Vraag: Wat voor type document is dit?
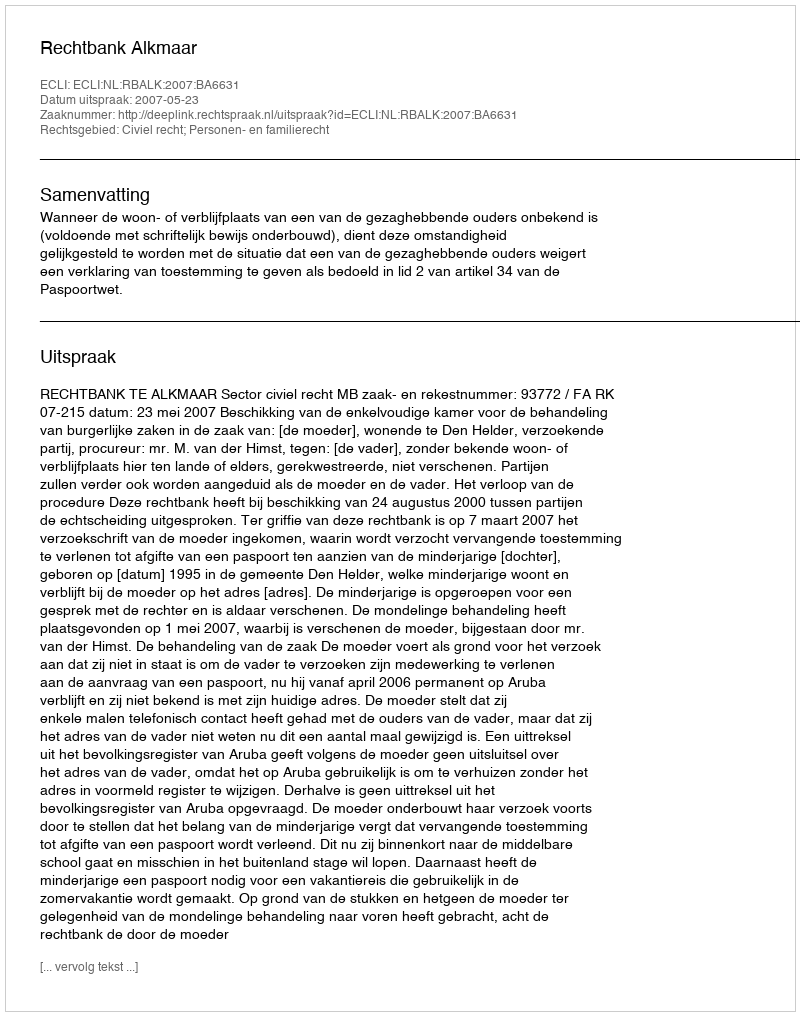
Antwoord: Uitspraak